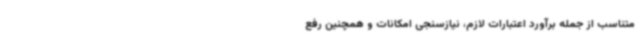
متناسب از جمله برآورد اعتبارات لازم، نیازسنجی امکانات و همچنین رفع